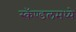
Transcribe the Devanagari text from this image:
स्कॅण्डलमध्ये